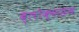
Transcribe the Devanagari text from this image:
ब्लोक्सहम